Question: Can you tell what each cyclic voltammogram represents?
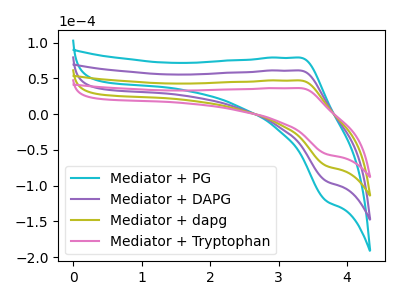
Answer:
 <answer>The cyan curve is labeled "Mediator + PG". The purple curve is labeled "Mediator + DAPG". The olive curve is labeled "Mediator + dapg". The pink curve is labeled "Mediator + Tryptophan".</answer>
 <eval></eval>